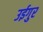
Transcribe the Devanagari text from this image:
उईगुर